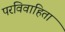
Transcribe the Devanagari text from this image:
परविवाहिता